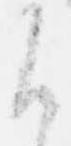
候